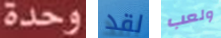
وحدة لقد ولعب